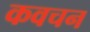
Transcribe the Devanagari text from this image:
कवचन